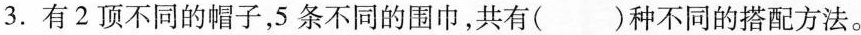
3.有2顶不同的帽子，5条不同的围巾，共有()种不同的搭配方法。